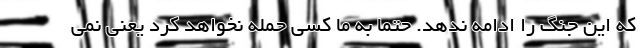
که این جنگ را ادامه ندهد. حتما به ما کسی حمله نخواهد کرد یعنی نمی